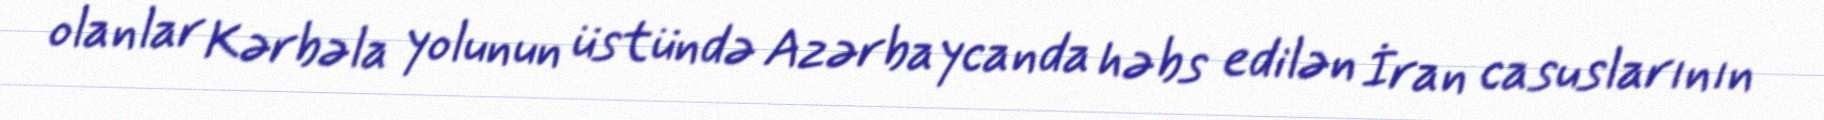
olanlar Kərbəla yolunun üstündə Azərbaycanda həbs edilən İran casuslarının